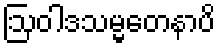
ဩဝါဒသမ္မတေနာပိ